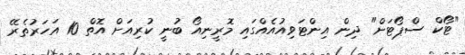
"ޓޯކް ސްޕޯޓަށް" ދިން އިންޓަވިއުއެއްގައި މޮރީނިއޯ ބުނީ ކުރިއަށް އޮތް 10 އަހަރުތެރޭ